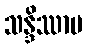
သန္ဒိဿာမ